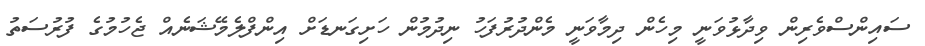
ސައިންސްވެރިން ވިދާޅުވަނީ މިހެން ދިމާވަނީ މެންދުރުފަހު ނިދުމުން ހަށިގަނޑަށް އިންފްލެމޭޝަނެއް ޖެހުމުގެ ފުރުސަތު